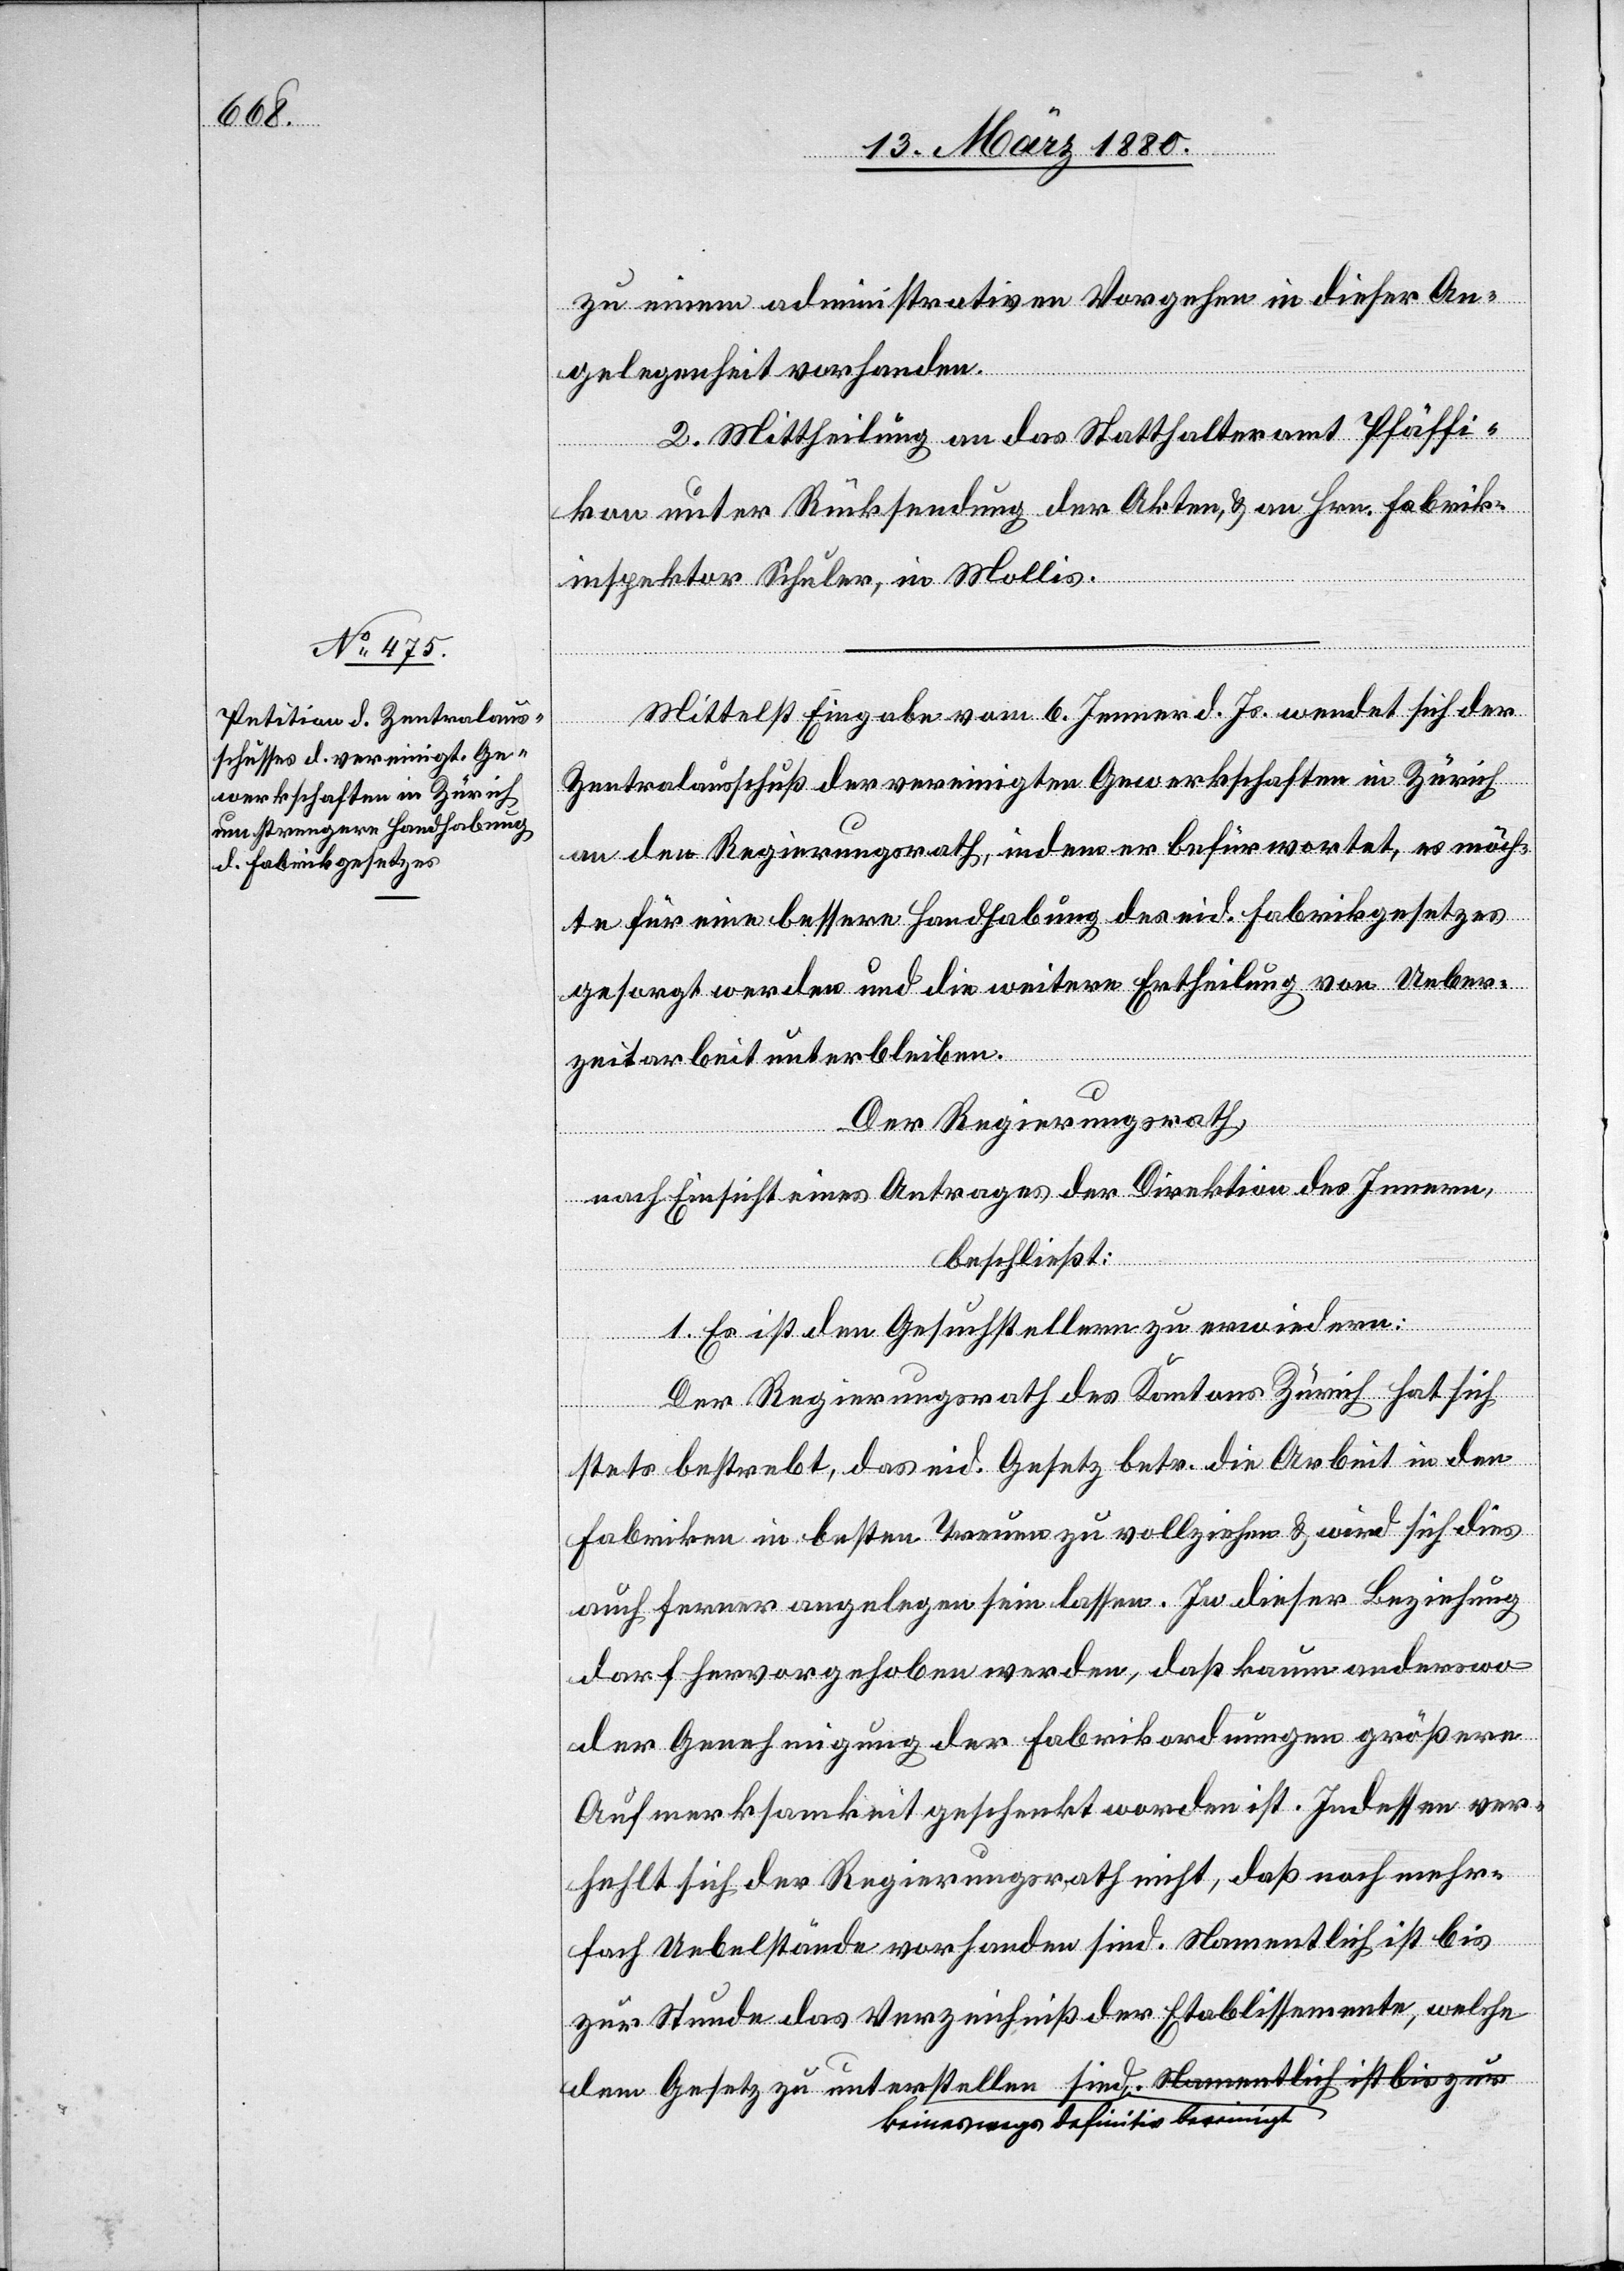
zu einem administrativen Vorgehen in dieser An¬
gelegenheit vorhanden.
2. Mittheilung an das Statthalteramt Pfäffi¬
kon unter Rücksendung der Akten & an Hrn. Fabrik¬
inspektor Schuler, in Mollis.
Mittelst Eingabe vom 6. Jenner d. Js. wendet sich der
ist bis
Zentralausschuß der vereinigten Gewerkschaften in Zürich
an den Regierungsrath, indem er befürwortet, es möch¬
te für eine bessere Handhabung des eid. Fabrikgesetzes
gesorgt werden und die weitere Ertheilung von Ueber¬
zeitarbeit unterbleiben.
Der Regierungsrath,
nach Einsicht eines Antrages der Direktion des Innern,
beschließt:
1. Es ist den Gesuchstellern zu erwiedern:
Der Regierungsrath des Kantons Zürich hat sich
stets bestrebt, das eid. Gesetz betr. die Arbeit in den
Fabriken in besten Treuen zu vollziehen & wird sich dies
auch ferner angelegen sein lassen. In dieser Beziehung
darf hervorgehoben werden, daß kaum anderswo
der Genehmigung der Fabrikordnungen größere
Aufmerksamkeit geschenkt worden ist. Indessen ver¬
hehlt sich der Regierungsrath nicht, daß noch mehr¬
fach Uebelstände vorhanden sind. Namentlich ist bis
zur Stunde das Verzeichniß der Etablissemente, welche
dem Gesetz zu unterstellen sind, a-keineswegs de¬

zur